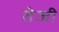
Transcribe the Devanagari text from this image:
तेेजी